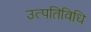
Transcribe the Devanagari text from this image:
उत्पतिविधि